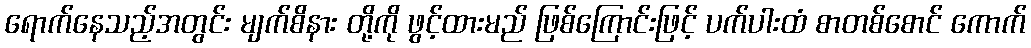
ရောက်နေသည့်အတွင်း မျက်စိနား တို့ကို ဖွင့်ထားမည် ဖြစ်ကြောင်းဖြင့် ပက်ပါးထံ စာတစ်စောင် ကောက်